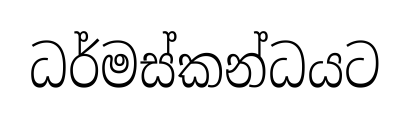
ධර්මස්කන්ධයට